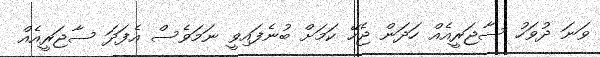
ވަނަ ދުވަހު ސާޖަރީއެއް ހަދަން ޖެހޭ ކަމަށް ބުނެފައިވީ ނަމަވެސް އެފަދަ ސާޖަރީއެއް